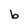
Character: b